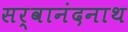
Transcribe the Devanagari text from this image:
सर्वानंदनाथ